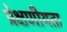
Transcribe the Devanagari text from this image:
प्रेक्षणीयता